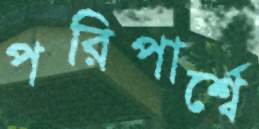
পরিপার্শ্বে